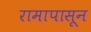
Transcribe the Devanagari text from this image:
रामापासून